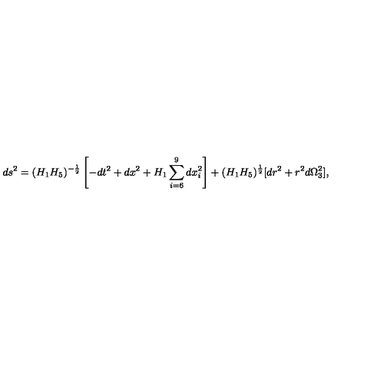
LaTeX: d s ^ { 2 } = ( H _ { 1 } H _ { 5 } ) ^ { - \frac { 1 } { 2 } } \left[ - d t ^ { 2 } + d x ^ { 2 } + H _ { 1 } \sum _ { i = 6 } ^ { 9 } d x _ { i } ^ { 2 } \right] + ( H _ { 1 } H _ { 5 } ) ^ { \frac { 1 } { 2 } } [ d r ^ { 2 } + r ^ { 2 } d \Omega _ { 3 } ^ { 2 } ] ,